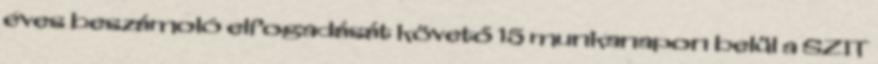
éves beszámoló elfogadását követő 15 munkanapon belül a SZIT